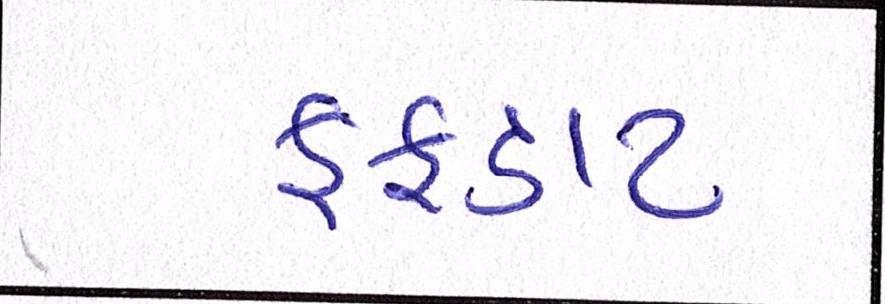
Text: ફફડાટ